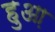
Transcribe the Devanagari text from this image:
हुआ़